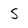
Character: 5